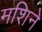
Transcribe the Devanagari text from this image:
मशिने